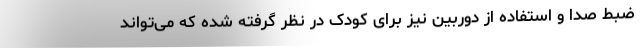
ضبط صدا و استفاده از دوربین نیز برای کودک در نظر گرفته شده که می‌تواند